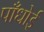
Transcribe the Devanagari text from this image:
पाँधोई